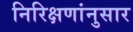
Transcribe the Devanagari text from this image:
निरिक्षणांनुसार